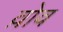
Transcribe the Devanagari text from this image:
व़ोव